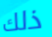
ذلك